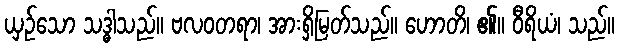
ယှဉ်သော သဒ္ဓါသည်။ ဗလဝတရာ၊ အားရှိမြတ်သည်။ ဟောတိ၊ ၏။ ဝီရိယံ၊ သည်။